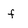
Character: f